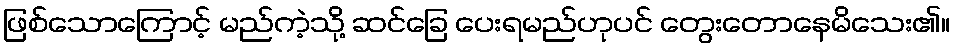
ဖြစ်သောကြောင့် မည်ကဲ့သို့ ဆင်ခြေ ပေးရမည်ဟုပင် တွေးတောနေမိသေး၏။